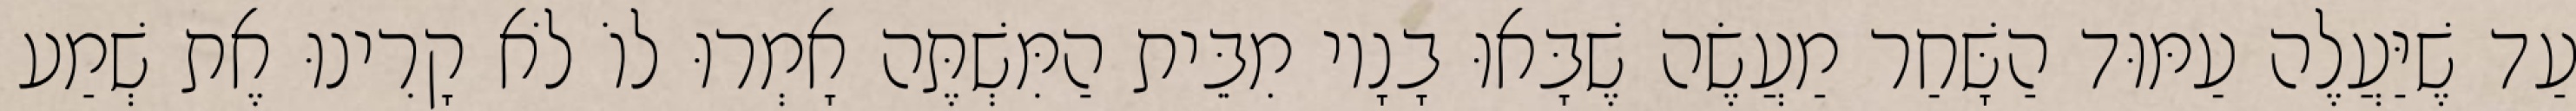
עַד שֶׁיַּעֲלֶה עַמּוּד הַשָּׁחַר מַעֲשֶׂה שֶׁבָּאוּ בָנָיו מִבֵּית הַמִּשְׁתֶּה אָמְרוּ לוֹ לֹא קָרִינוּ אֶת שְׁמַע